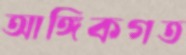
আঙ্গিকগত